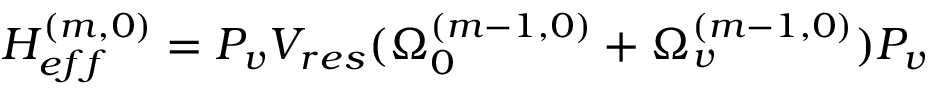
H _ { e f f } ^ { ( m , 0 ) } = P _ { v } V _ { r e s } ( \Omega _ { 0 } ^ { ( m - 1 , 0 ) } + \Omega _ { v } ^ { ( m - 1 , 0 ) } ) P _ { v }